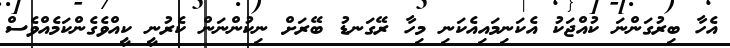
އެހާ ބިރުގަންނަ ކުއްޖަކު އެކަނިމައިއެކަނި މިހާ ރޭގަނޑު ބޭރަށް ނިކުންނަން ކެރުނީ ކީއްވެގެންކަމެއްވެސް